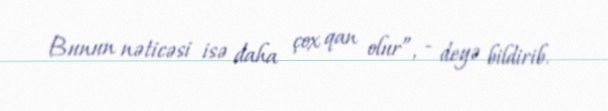
Bunun nəticəsi isə daha çox qan olur”, - deyə bildirib.